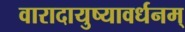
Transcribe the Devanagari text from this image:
वारादायुष्यावर्धनम्